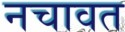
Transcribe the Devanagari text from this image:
नचावत